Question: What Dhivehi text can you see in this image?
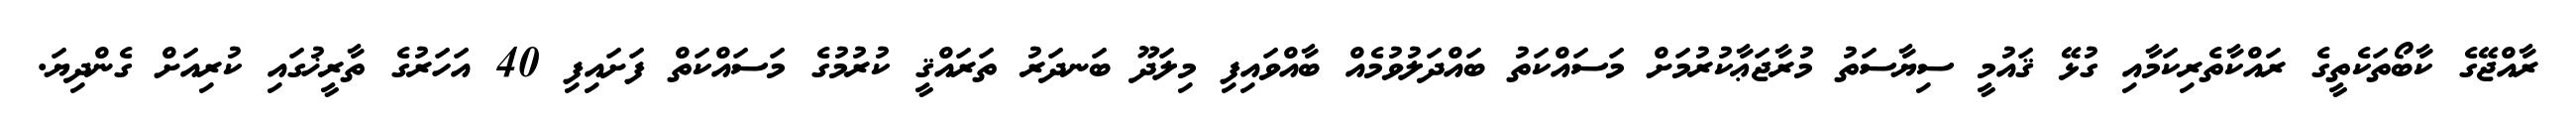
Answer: ރާއްޖޭގެ ކާބޯތަކެތީގެ ރައްކާތެރިކަމާއި ގުޅޭ ޤައުމީ ސިޔާސަތު މުރާޖަޢާކުރުމަށް މަސައްކަތު ބައްދަލުވުމެއް ބާއްވައިފި މިލަދޫ ބަނދަރު ތަރައްޤީ ކުރުމުގެ މަސައްކަތް ފަށައިފި 40 އަހަރުގެ ތާރީޚުގައި ކުރިއަށް ގެންދިޔަ.